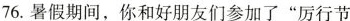
76.暑假期间，你和好朋友们参加了”厉行节